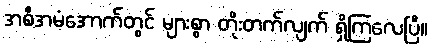
အစီအမံအောက်တွင် များစွာ တိုးတက်လျက် ရှိကြလေပြီ။